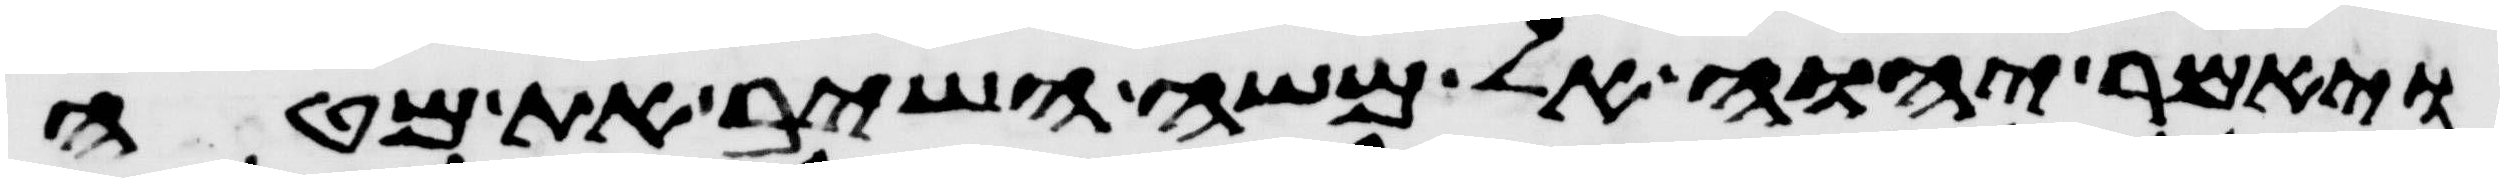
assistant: ויאמר יהוה אל משה השיב את מטה